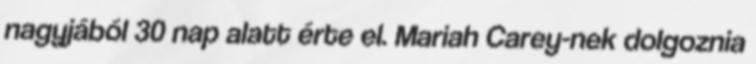
nagyjából 30 nap alatt érte el. Mariah Carey-nek dolgoznia